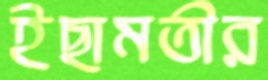
ইছামতীর